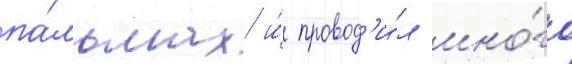
па́льмах и́ провод'и́л мно́го